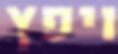
ויפץ